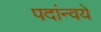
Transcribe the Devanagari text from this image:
पदांन्वये